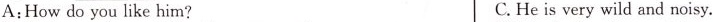
A:How do you like him? C. He is very wild and noisy.